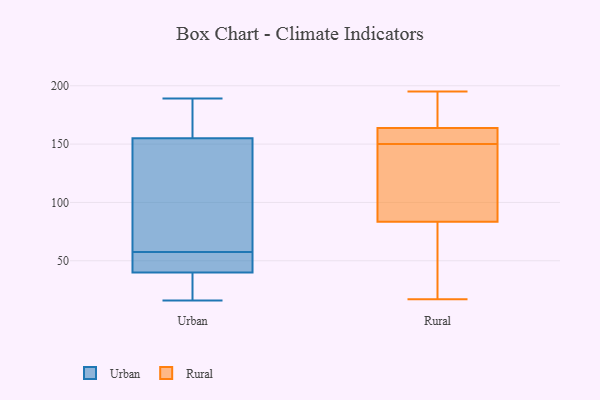
{"axis": {"x": "Waste Production (Tons)", "y": "Value"}, "legend": ["Rural", "Urban"], "data": [{"x": "", "y": 40, "type": "Urban"}, {"x": "", "y": 42, "type": "Urban"}, {"x": "", "y": 168, "type": "Urban"}, {"x": "", "y": 172, "type": "Urban"}, {"x": "", "y": 22, "type": "Urban"}, {"x": "", "y": 56, "type": "Urban"}, {"x": "", "y": 70, "type": "Urban"}, {"x": "", "y": 84, "type": "Urban"}, {"x": "", "y": 59, "type": "Urban"}, {"x": "", "y": 110, "type": "Urban"}, {"x": "", "y": 47, "type": "Urban"}, {"x": "", "y": 34, "type": "Urban"}, {"x": "", "y": 167, "type": "Urban"}, {"x": "", "y": 31, "type": "Urban"}, {"x": "", "y": 50, "type": "Urban"}, {"x": "", "y": 155, "type": "Urban"}, {"x": "", "y": 16, "type": "Urban"}, {"x": "", "y": 189, "type": "Urban"}, {"x": "", "y": 106, "type": "Rural"}, {"x": "", "y": 153, "type": "Rural"}, {"x": "", "y": 142, "type": "Rural"}, {"x": "", "y": 150, "type": "Rural"}, {"x": "", "y": 69, "type": "Rural"}, {"x": "", "y": 171, "type": "Rural"}, {"x": "", "y": 157, "type": "Rural"}, {"x": "", "y": 166, "type": "Rural"}, {"x": "", "y": 195, "type": "Rural"}, {"x": "", "y": 151, "type": "Rural"}, {"x": "", "y": 151, "type": "Rural"}, {"x": "", "y": 135, "type": "Rural"}, {"x": "", "y": 174, "type": "Rural"}, {"x": "", "y": 116, "type": "Rural"}, {"x": "", "y": 63, "type": "Rural"}, {"x": "", "y": 38, "type": "Rural"}, {"x": "", "y": 190, "type": "Rural"}, {"x": "", "y": 17, "type": "Rural"}, {"x": "", "y": 76, "type": "Rural"}]}